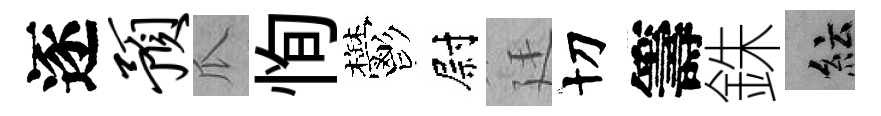
逐预瓜恂鬱尉廷切籌銖紜